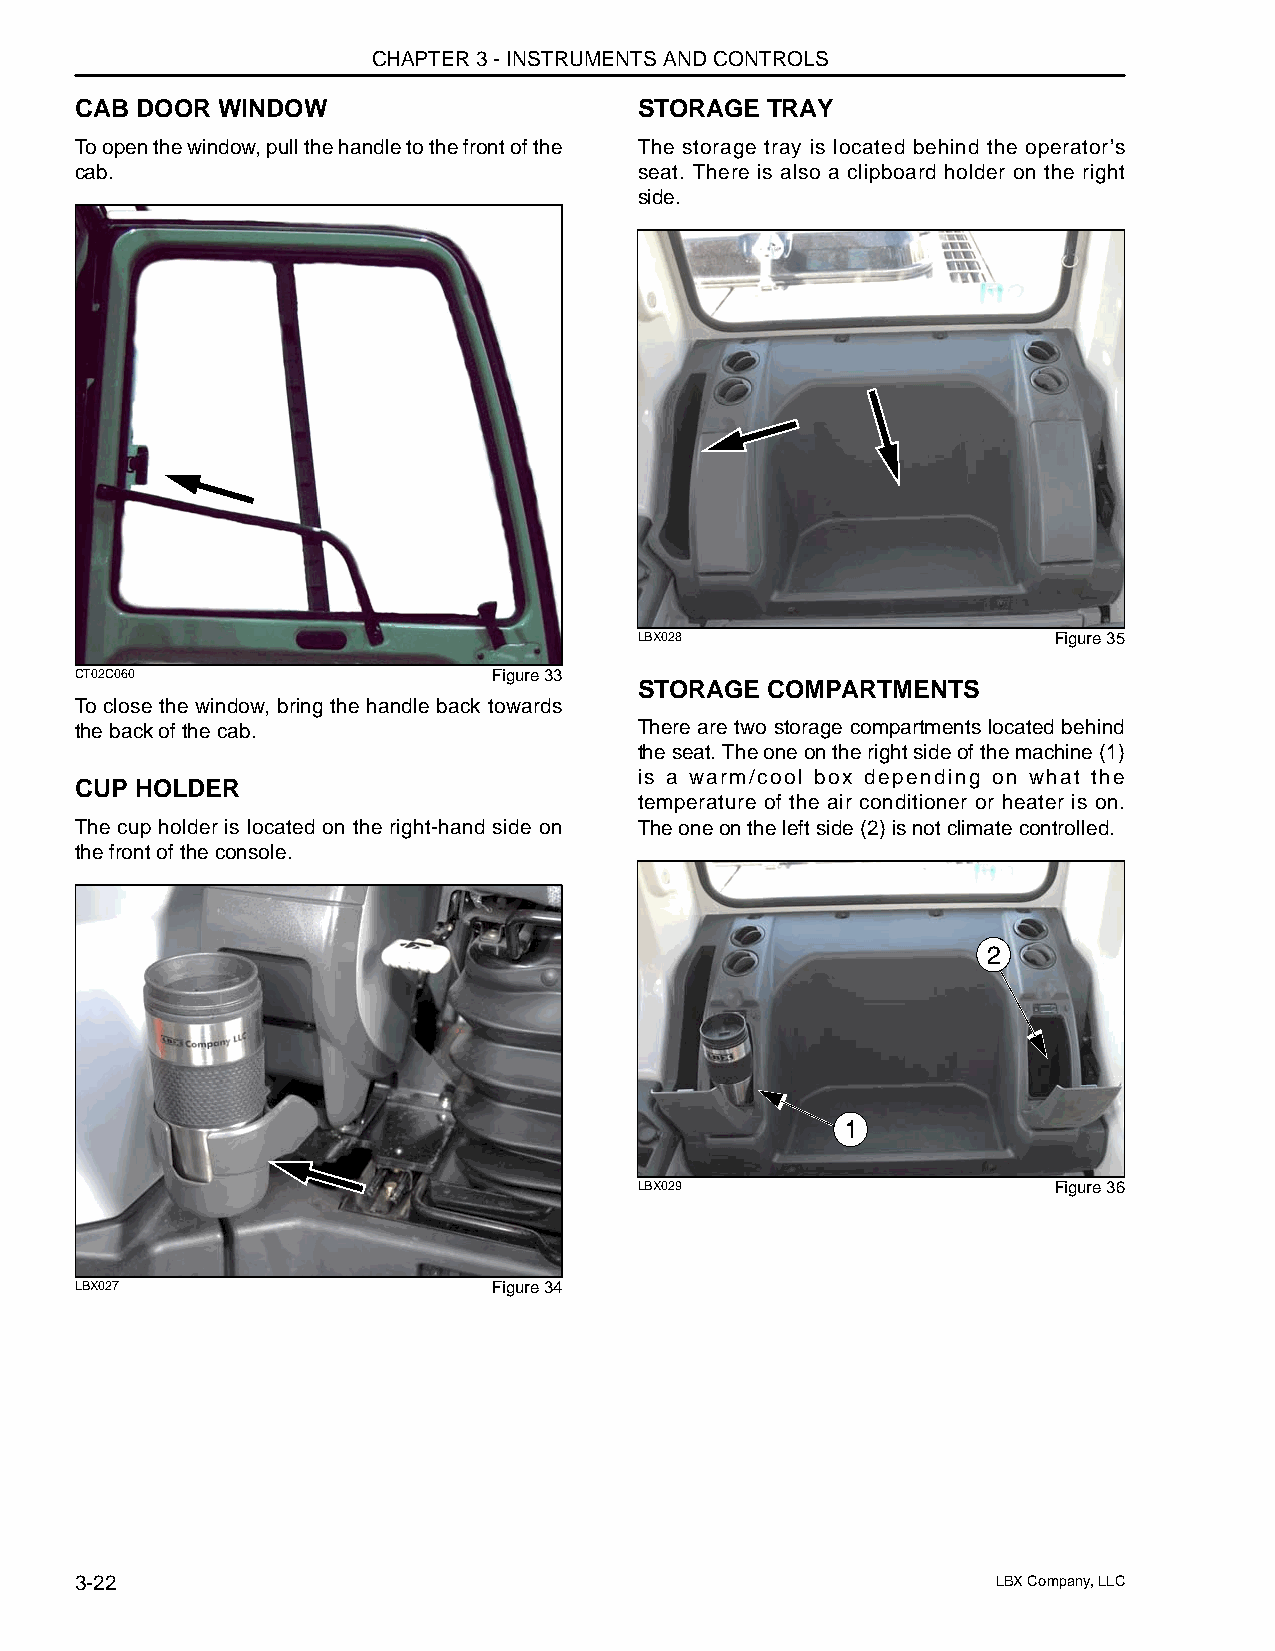
CHAPTER 3 - INSTRUMENTS AND CONTROLS
 CAB DOOR WINDOW                      STORAGE  TRAY
 To open the window, pull the handle to the front of the The storage tray is located behind the operator’s
 cab.                                 seat. There is also a clipboard holder on the right
 side.
 LBX028                      Figure 35
 CT02C060                    Figure 33
 STORAGE  COMPARTMENTS
 To close the window, bring the handle back towards
 the back of the cab.                 There are two storage compartments located behind
 the seat. The one on the right side of the machine (1)
 is a warm/cool box depending on what the
 CUP HOLDER
 temperature of the air conditioner or heater is on.
 The cup holder is located on the right-hand side on The one on the left side (2) is not climate controlled.
 the front of the console.
 2
 1
 LBX029                      Figure 36
 LBX027                      Figure 34
 3-22                                                         LBX Company, LLC